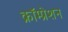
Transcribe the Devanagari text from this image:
क्रॉम्प्रेशन